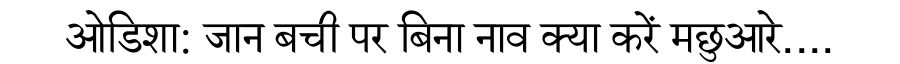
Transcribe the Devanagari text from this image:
ओडिशा: जान बची पर बिना नाव क्या करें मछुआरे....